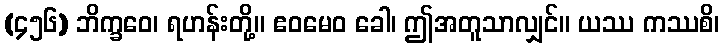
(၄၅၆) ဘိက္ခဝေ၊ ရဟန်းတို့။ ဧဝမေဝ ခေါ၊ ဤအတူသာလျှင်။ ယဿ ကဿစိ၊